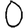
Digit: 0